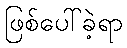
ဖြစ်ပေါ်ခဲ့ရာ